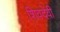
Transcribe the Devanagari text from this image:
शिवदेवी